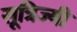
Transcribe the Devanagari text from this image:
सूत्रिज्यी